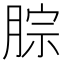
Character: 腙